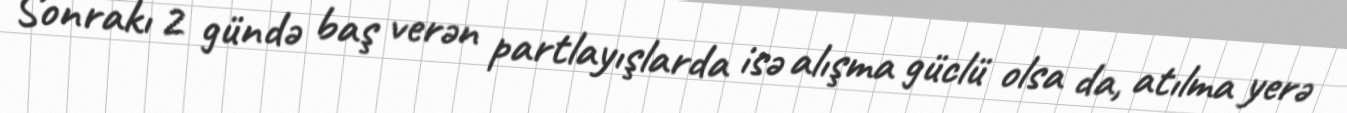
Sonrakı 2 gündə baş verən partlayışlarda isə alışma güclü olsa da, atılma yerə